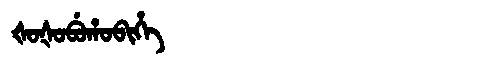
Manchu: ᡧᠣᡧᠣᠪᡠᡥᠣᠪᡳᡥᡝ
Romanization: ŠOŠOBUHOBIHE